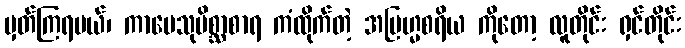
မှတ်ကြရမယ်၊ ကာမေသုမိစ္ဆာစာရ ကံထိုက်တဲ့ အဗြဟ္မစရိယ ကိုတော့ လူတိုင်း ရှင်တိုင်း